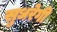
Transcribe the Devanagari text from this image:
सुधरेगी